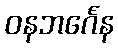
ဝနဘင်္ဂေန